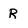
Character: R